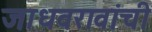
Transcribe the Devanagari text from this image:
जाधवरावांची